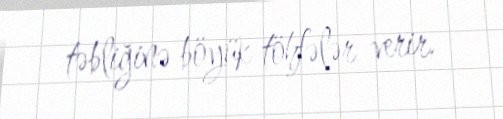
təbliğinə böyük töhfələr verir.